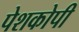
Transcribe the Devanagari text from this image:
पेशकोपी